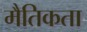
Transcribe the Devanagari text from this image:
मैतिकता